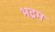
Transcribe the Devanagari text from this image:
भद्रम